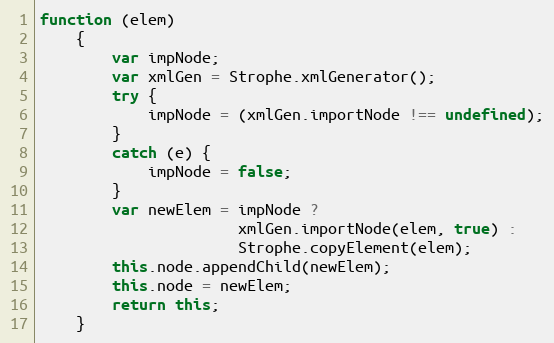
Language: JavaScript
function (elem)
    {
        var impNode;
        var xmlGen = Strophe.xmlGenerator();
        try {
            impNode = (xmlGen.importNode !== undefined);
        }
        catch (e) {
            impNode = false;
        }
        var newElem = impNode ?
                      xmlGen.importNode(elem, true) :
                      Strophe.copyElement(elem);
        this.node.appendChild(newElem);
        this.node = newElem;
        return this;
    }